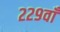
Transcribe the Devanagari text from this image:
२२९वाँ